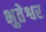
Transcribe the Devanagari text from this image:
भुतेश्वर